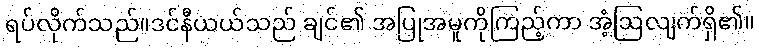
ရပ်လိုက်သည်။ဒင်နီယယ်သည် ချင်၏ အပြုအမူကိုကြည့်ကာ အံ့ဩလျက်ရှိ၏။